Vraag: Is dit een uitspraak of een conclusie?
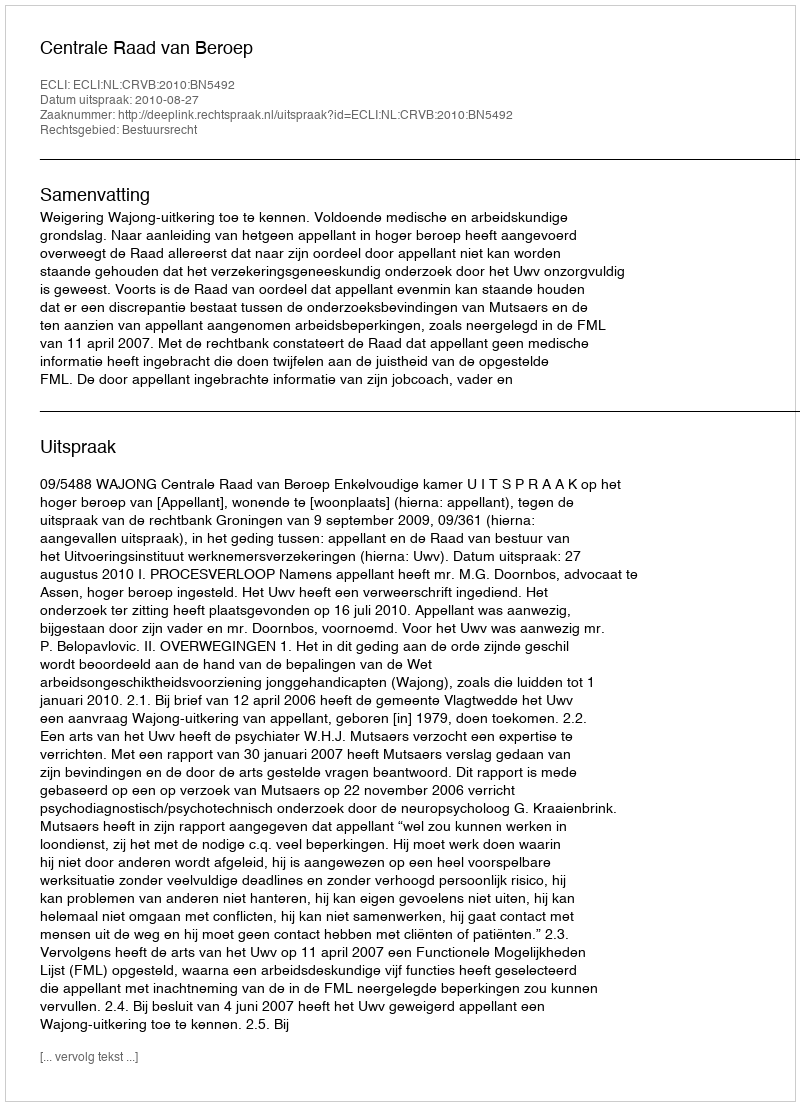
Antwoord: Uitspraak